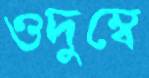
ওদুম্বে